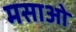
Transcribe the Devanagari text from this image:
मसाओ